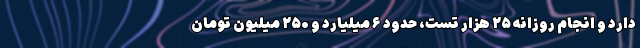
دارد و انجام روزانه ۲۵ هزار تست، حدود ۶ میلیارد و ۲۵۰ میلیون تومان